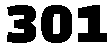
301